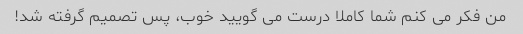
من فکر می کنم شما کاملا درست می گویید خوب، پس تصمیم گرفته شد!